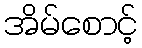
အိမ်စောင့်